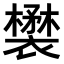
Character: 𧞉